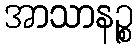
အာသာနဉ္စ